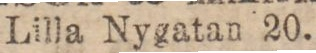
Lilla Nygatan 20.